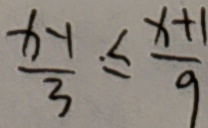
\frac { x - 1 } { 3 } \leq \frac { x + 1 } { 9 }